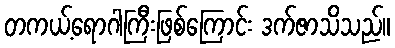
တကယ့်ရောဂါကြီးဖြစ်ကြောင်း ဒက်ဇာသိသည်။